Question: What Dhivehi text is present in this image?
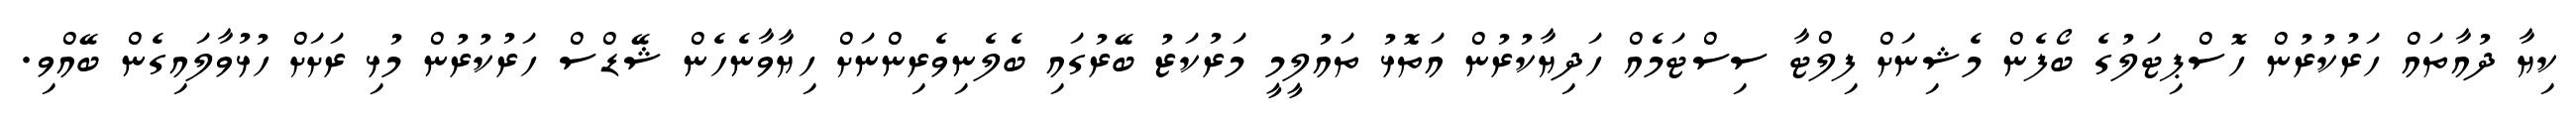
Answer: ކިޔާ ދުއާތައް ހަރުކުރުން ހޮސްޕިޓަލުގެ ބޯފެން މެޝިނަށް ފިލްޓާ ސިސްޓަމެއް ހަދިޔާކުރުން އަތޮޅު ތައުލީމީ މަރުކަޒު ބޭރުގައި ބެލެނިވެރިންނަށް ހިޔާވާނެހެން ޝޭޑްސް ހަރުކުރުން މުޅި ރަށަށް ހުޅުވާލައިގެން ބޭއްވި.